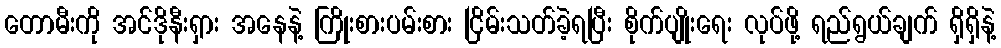
တောမီးကို အင်ဒိုနီးရှား အနေနဲ့ ကြိုးစားပမ်းစား ငြိမ်းသတ်ခဲ့ရပြီး စိုက်ပျိုးရေး လုပ်ဖို့ ရည်ရွယ်ချက် ရှိရှိနဲ့